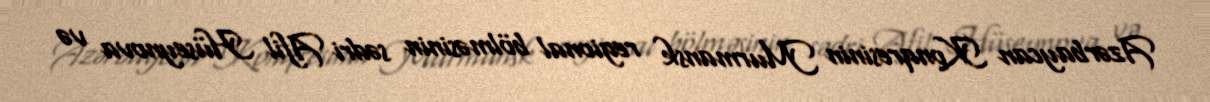
Azərbaycan Konqresinin Murmansk regional bölməsinin sədri Afil Hüseynova və